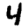
Digit: 4